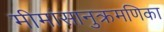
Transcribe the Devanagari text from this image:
मीमांसानुक्रमणिका